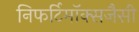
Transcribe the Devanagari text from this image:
निफर्टिमॉक्सजैसी